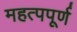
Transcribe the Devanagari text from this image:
महत्‍पपूर्ण